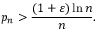
p _ { n } > { \frac { ( 1 + \varepsilon ) \ln n } { n } } .